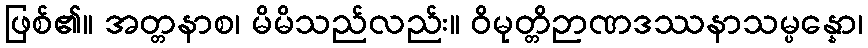
ဖြစ်၏။ အတ္တနာစ၊ မိမိသည်လည်း။ ဝိမုတ္တိဉာဏဒဿနာသမ္ပန္နော၊